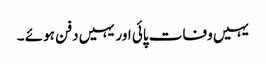
یہیں وفات پائی اور یہیں دفن ہوئے ۔